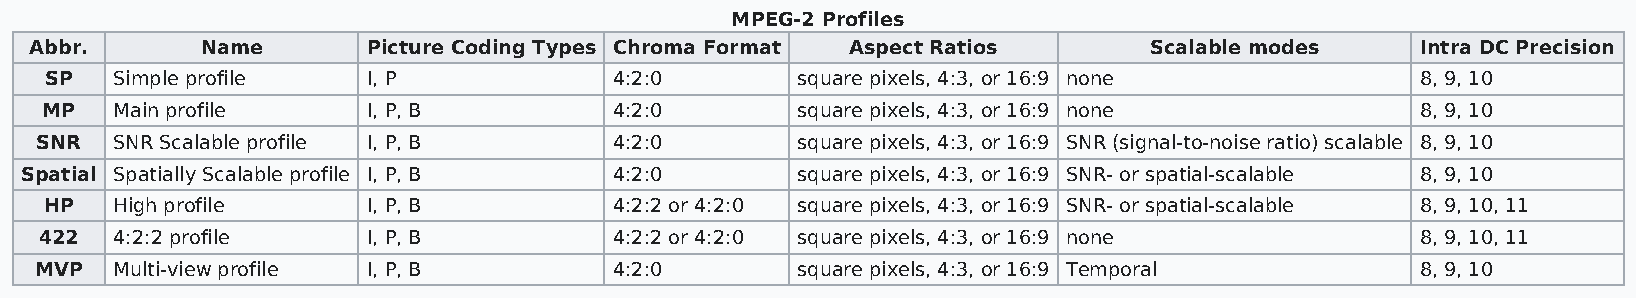
MPEG-2 Profiles
 Abbr.      Name       Picture Coding Types Chroma Format Aspect Ratios    Scalable modes    Intra DC Precision
 SP  Simple profile   I, P             4:2:0       square pixels, 4:3, or 16:9 none         8, 9, 10
 MP  Main profile     I, P, B          4:2:0       square pixels, 4:3, or 16:9 none         8, 9, 10
 SNR  SNR Scalable profile I, P, B      4:2:0       square pixels, 4:3, or 16:9 SNR (signal-to-noise ratio) scalable 8, 9, 10
 Spatial Spatially Scalable profile I, P, B 4:2:0    square pixels, 4:3, or 16:9 SNR- or spatial-scalable 8, 9, 10
 HP  High profile     I, P, B          4:2:2 or 4:2:0 square pixels, 4:3, or 16:9 SNR- or spatial-scalable 8, 9, 10, 11
 422 4:2:2 profile    I, P, B          4:2:2 or 4:2:0 square pixels, 4:3, or 16:9 none      8, 9, 10, 11
 MVP  Multi-view profile I, P, B        4:2:0       square pixels, 4:3, or 16:9 Temporal     8, 9, 10